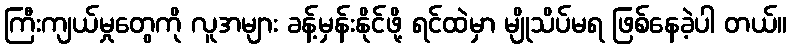
ကြီးကျယ်မှုတွေကို လူအများ ခန့်မှန်းနိုင်ဖို့ ရင်ထဲမှာ မျိုသိပ်မရ ဖြစ်နေခဲ့ပါ တယ်။